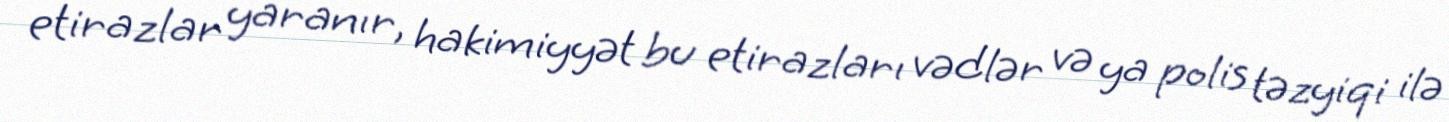
etirazlar yaranır, hakimiyyət bu etirazları vədlər və ya polis təzyiqi ilə